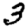
Digit: 3